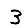
Digit: 3